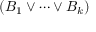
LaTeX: ( B _ { 1 } \lor \cdots \lor B _ { k } )